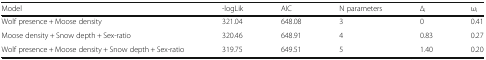
| Model | -logLik | AIC | N parameters | ∆i | ωi |
 | --- | --- | --- | --- | --- | --- |
 | Wolf presence + Moose density | 321.04 | 648.08 | 3 | 0 | 0.41 |
 | Moose density + Snow depth + Sex-ratio | 320.46 | 648.91 | 4 | 0.83 | 0.27 |
 | Wolf presence + Moose density + Snow depth + Sex-ratio | 319.75 | 649.51 | 5 | 1.40 | 0.20 |